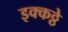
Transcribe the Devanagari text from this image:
इक्कठ्ठे